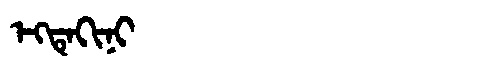
Manchu: ᡝᡴᡨᡝᡴᡳᠨᡳ
Romanization: EKTEKINI